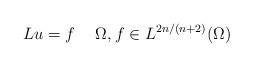
LaTeX: \begin{align*}L u = f \quad\;\Omega,f \in L^{2n/(n+2)}(\Omega)\end{align*}